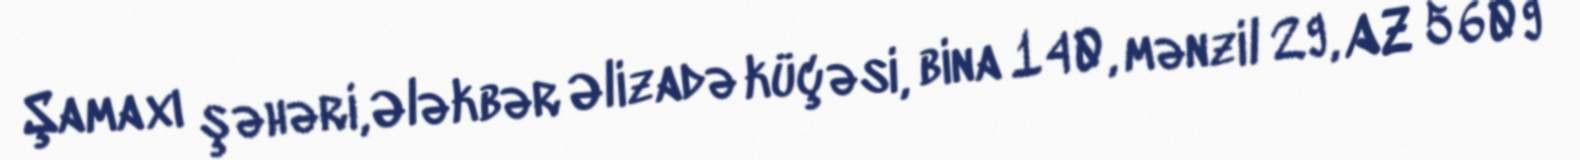
Şamaxı şəhəri, Ələkbər Əlizadə küçəsi, bina 140, mənzil 29, AZ 5609